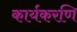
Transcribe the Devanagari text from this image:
कार्यकरणि